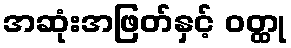
အဆုံးအဖြတ်နှင့် ဝတ္ထု